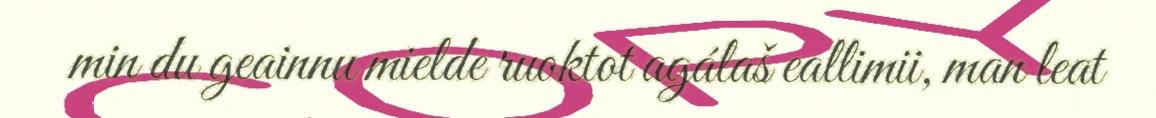
min du geainnu mielde ruoktot agálaš eallimii, man leat